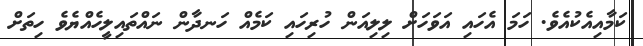
ކަމާއިއެކުއެވެ. ހަމަ އެހައި އަވަހަށް ލިލިއަން ހުރިހައި ކަމެއް ހަނދާން ނައްތައިލީހެއްޔެވެ ހިތަށް